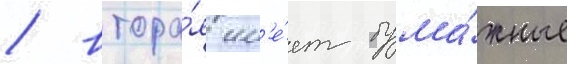
/ втора́я им'е́ет бума́жные